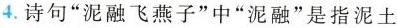
4.诗句”泥融飞燕子”中”泥融”是指泥土